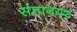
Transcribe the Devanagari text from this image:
संतानयश